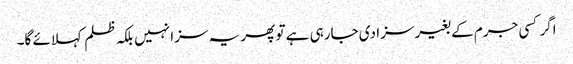
اگر کسی جرم کے بغیر سزا دی جارہی ہے تو پھر یہ سزا نہیں بلکہ ظلم کہلائے گا۔